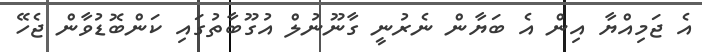
އެ ޖަމިއްޔާ އިން އެ ބަޔާން ނެރުނީ ގާނޫނުލް އުގޫބާތުގައި ކަންބޮޑުވާން ޖެހޭ